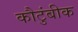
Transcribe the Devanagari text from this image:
कौटुंबीक